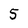
Character: 5